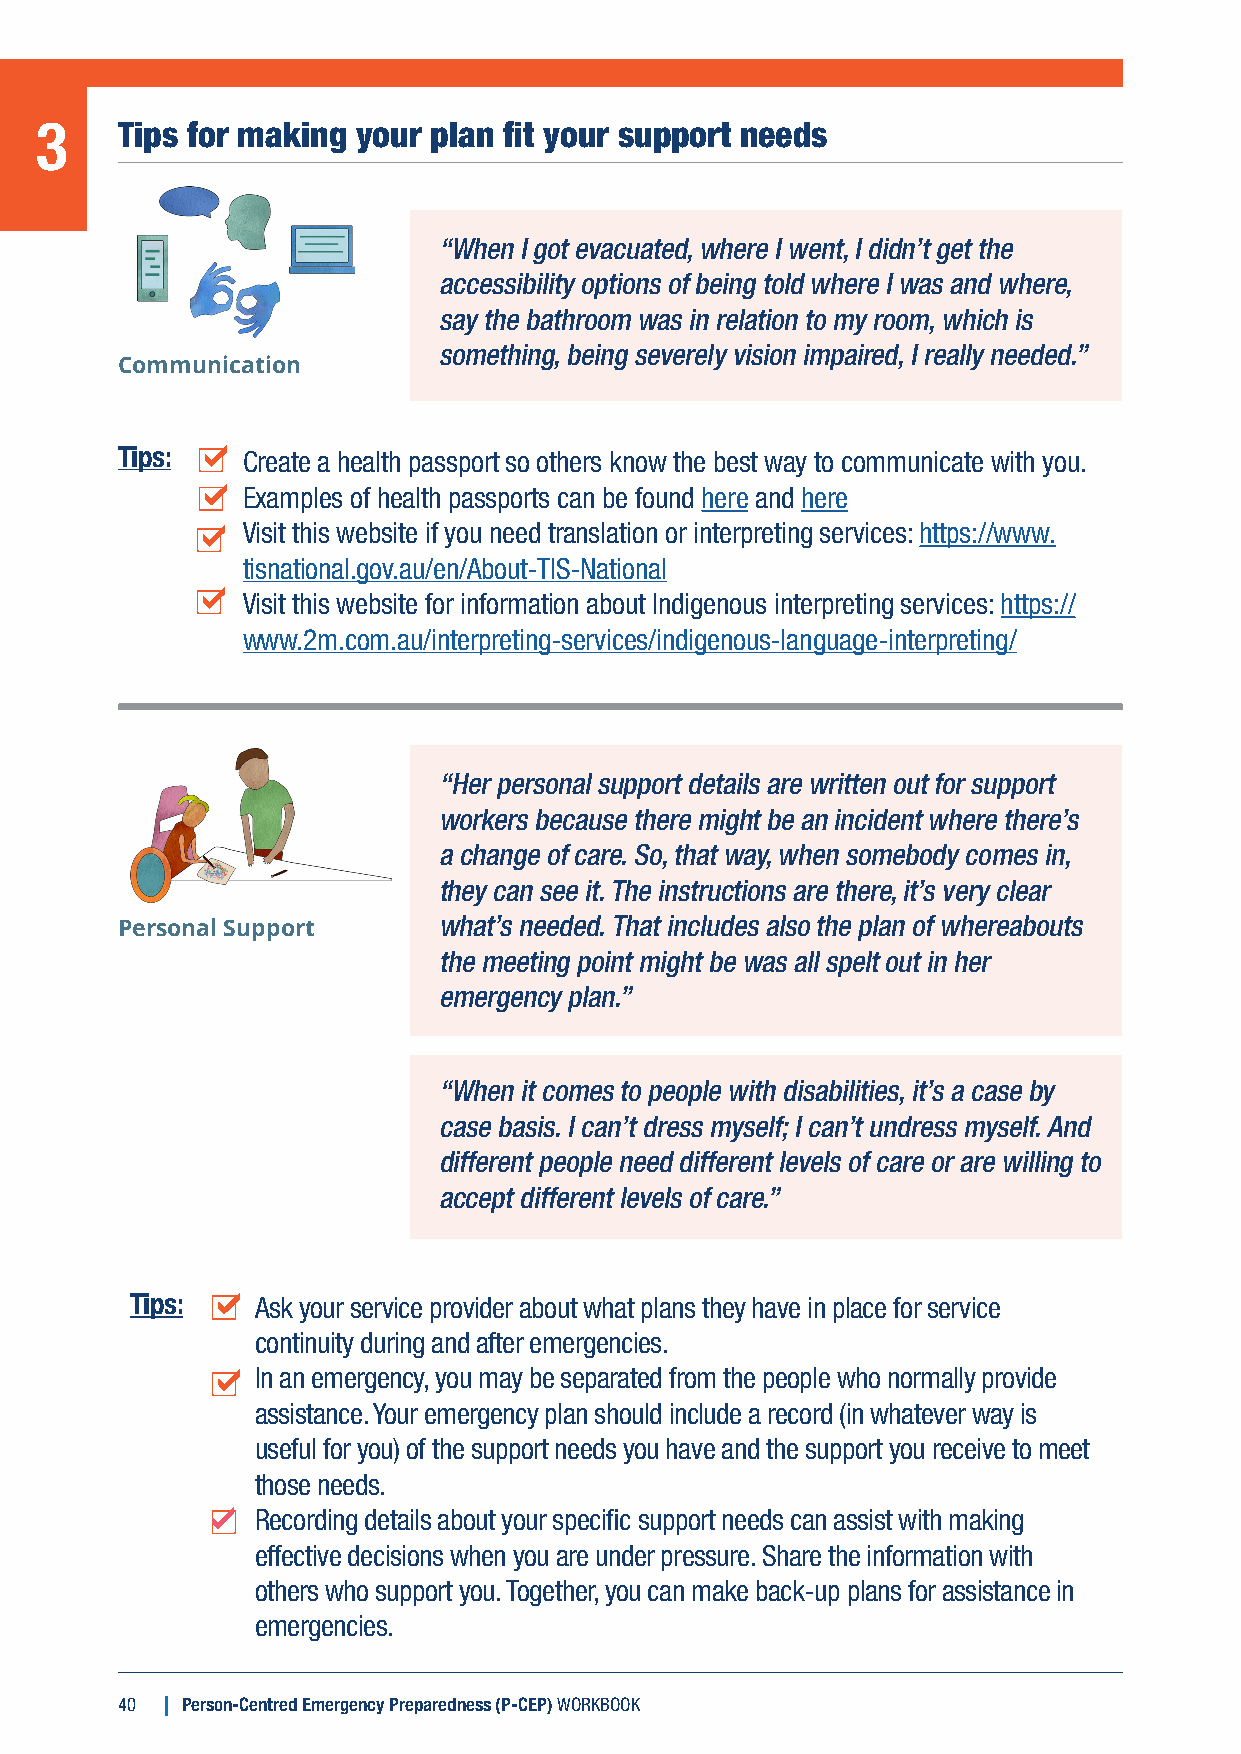
3     Tips for making your plan fit your support needs
 “When I got evacuated, where I went, I didn’t get the
 accessibility options of being told where I was and where,
 say the bathroom was in relation to my room, which is
 something, being severely vision impaired, I really needed.”
 Communication
 Tips:   Create a health passport so others know the best way to communicate with you.
 Examples of health passports can be found here and here
 Visit this website if you need translation or interpreting services: https://www.
 tisnational.gov.au/en/About-TIS-National
 Visit this website for information about Indigenous interpreting services: https://
 www.2m.com.au/interpreting-services/indigenous-language-interpreting/
 “Her personal support details are written out for support
 workers because there might be an incident where there’s
 a change of care. So, that way, when somebody comes in,
 they can see it. The instructions are there, it’s very clear
 Personal Support     what’s needed. That includes also the plan of whereabouts
 the meeting point might be was all spelt out in her
 emergency plan.”
 “When it comes to people with disabilities, it’s a case by
 case basis. I can’t dress myself; I can’t undress myself. And
 different people need different levels of care or are willing to
 accept different levels of care.”
 Tips:   Ask your service provider about what plans they have in place for service
 continuity during and after emergencies.
 In an emergency, you may be separated from the people who normally provide
 assistance. Your emergency plan should include a record (in whatever way is
 useful for you) of the support needs you have and the support you receive to meet
 those needs.
 Recording details about your specific support needs can assist with making
 effective decisions when you are under pressure. Share the information with
 others who support you. Together, you can make back-up plans for assistance in
 emergencies.
 40  Person-Centred Emergency Preparedness (P-CEP) WORKBOOK